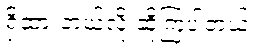
ရှိထားတယ်လို့ ဆိုကြပါတယ်။